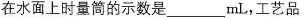
在水面上时量筒的示数是___mL，工艺品